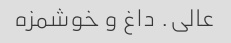
عالی. داغ و خوشمزه